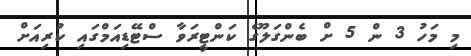
މި މަހު 3 ން 5 ށް ބެންގަލޫގެ ކަންޓީރަވާ ސްޓޭޑިއަމްގައި ކުރިއަށް